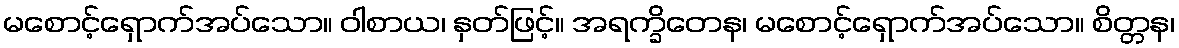
မစောင့်ရှောက်အပ်သော။ ဝါစာယ၊ နှတ်ဖြင့်။ အရက္ခိတေန၊ မစောင့်ရှောက်အပ်သော။ စိတ္တန၊